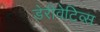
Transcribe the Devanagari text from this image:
डेरीवेटिव्स